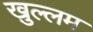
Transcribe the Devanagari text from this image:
ख़ुल्लम